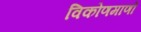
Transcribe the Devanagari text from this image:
विकोणमाणों